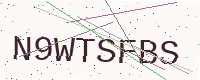
Text: N9WTSFBS